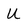
Character: U